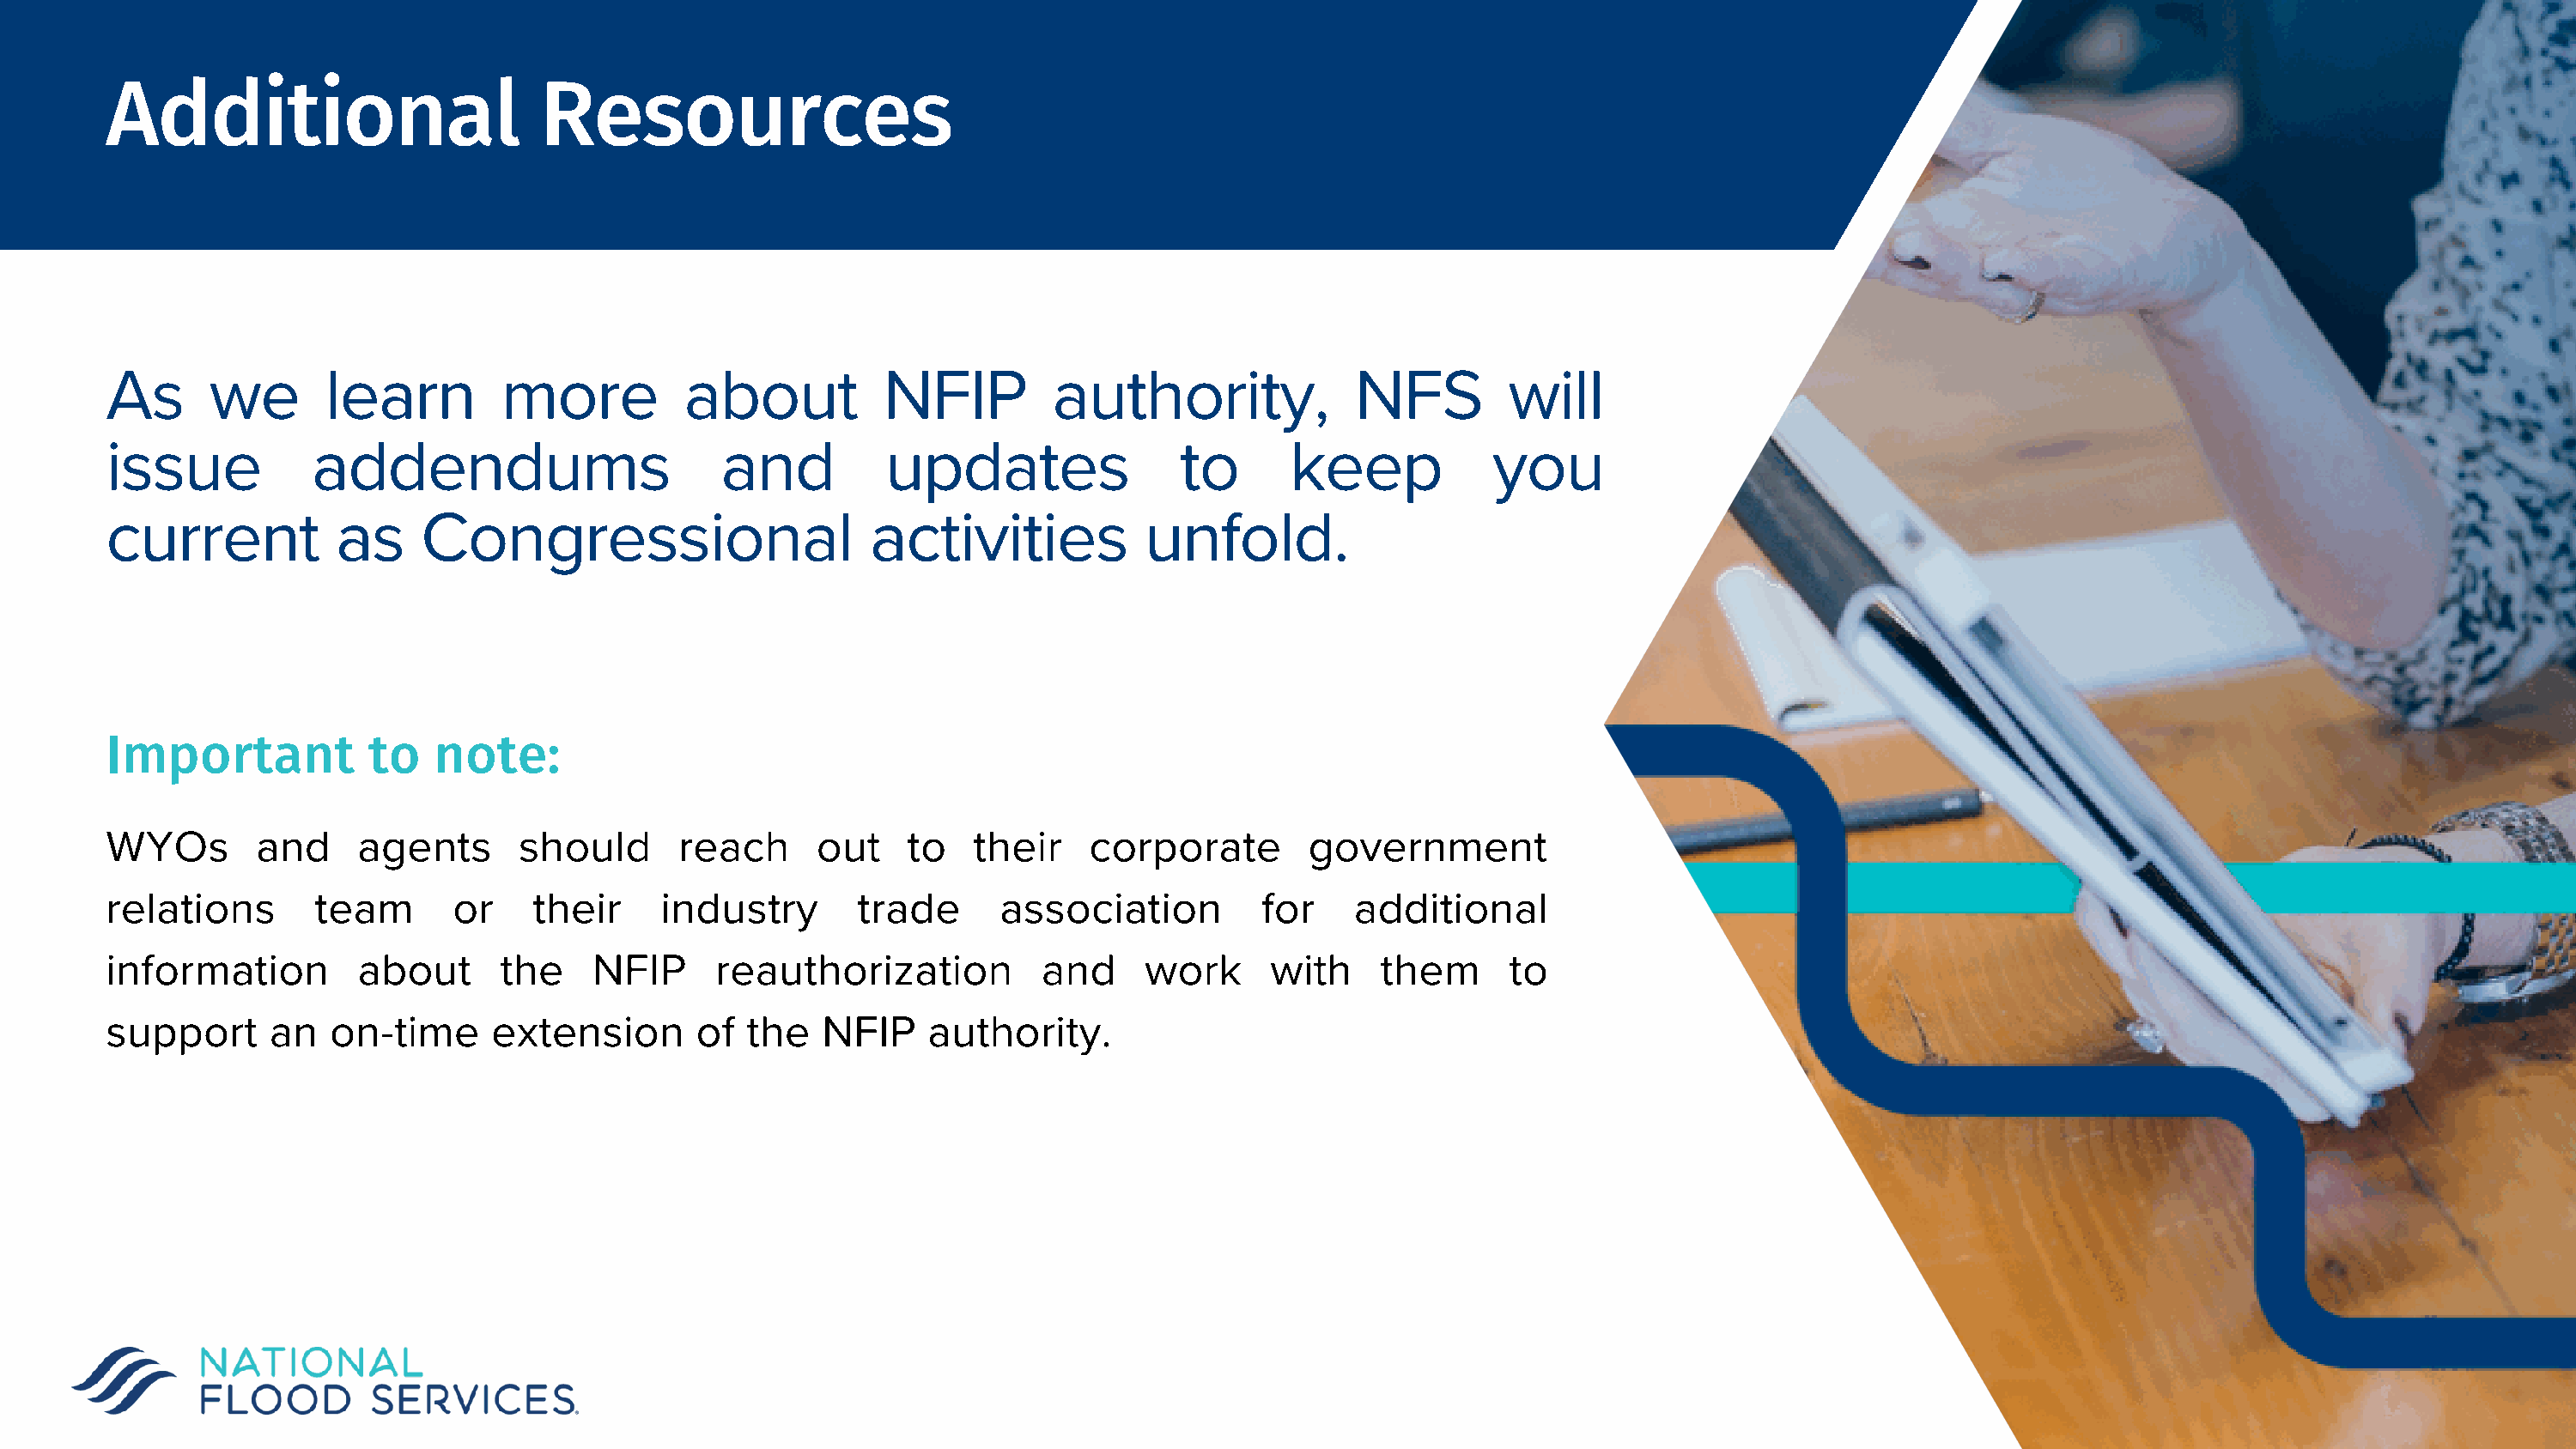
Additional                        Resources
 As      we       learn         more          about          NFIP         authority,             NFS         will
 issue           addendums                       and         updates                to      keep            you
 current           as    Congressional                      activities           unfold.
 Important           to   note:
 WYOs        and     agents      should      reach      out    to   their    corporate        government
 relations       team       or    their     industry       trade      association         for    additional
 information         about      the    NFIP     reauthorization          and     work      with    them      to
 support      an  on-time      extension       of  the  NFIP     authority.